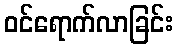
ဝင်ရောက်လာခြင်း